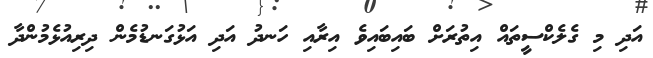
އަދި މި ގެލެކްސީތައް އިތުރަށް ބައިބައިވެ އިރާއި ހަނދު އަދި އަޅުގަނޑުމެން ދިރިއުޅެމުންދާ